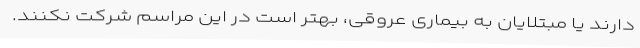
دارند یا مبتلایان به بیماری عروقی، بهتر است در این مراسم شرکت نکنند.